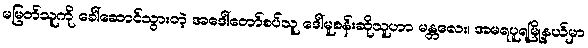
မမြတ်သူကို ခေါ်ဆောင်သွားတဲ့ အဒေါ်တော်စပ်သူ ဒေါ်မူစန်းဆိုသူဟာ မန္တလေး၊ အမရပူရမြို့နယ်မှာ